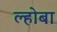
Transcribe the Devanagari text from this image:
ल्होबा